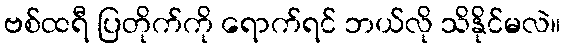
ဗစ်ထရီ ပြတိုက်ကို ရောက်ရင် ဘယ်လို သိနိုင်မလဲ။